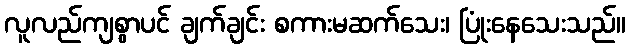
လူလည်ကျစွာပင် ချက်ချင်း စကားမဆက်သေး၊ ပြုံးနေသေးသည်။